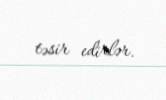
təsir edirlər.